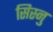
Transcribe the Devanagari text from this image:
सिस्नु